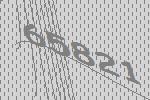
65821